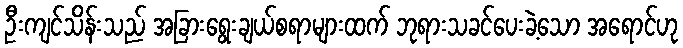
ဦးကျင်သိန်းသည် အခြားရွေးချယ်စရာများထက် ဘုရားသခင်ပေးခဲ့သော အရောင်ဟု